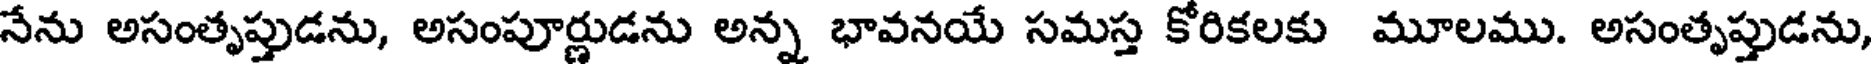
నేను అసంతృప్తుడను, అసంపూర్ణుడను అన్న భావనయే సమస్త కోరికలకు మూలము. అసంతృప్తుడను,